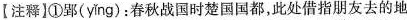
【注释】①郢( ying )：春秋战国时楚国国都，此处借指朋友去的地